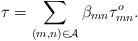
LaTeX: \begin{align*}\tau=\sum\limits_{(m,n)\in \cal{A}} \beta_{mn}\tau_{mn}^{o}.\end{align*}